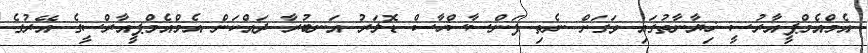
އެމްއެެމްޕީއާރުސީ ޚިޔާނާތުގައި ވަގަށް ނެތި ފަންސާސްހާސް ޑޮލަރު އަނބުރާ ދައްކަން އެމްއެމްޕީއާރްސީގެ އޭރުގެ